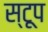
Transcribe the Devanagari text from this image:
स्टूप